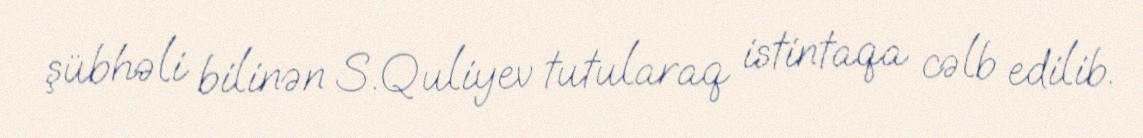
şübhəli bilinən S.Quliyev tutularaq istintaqa cəlb edilib.